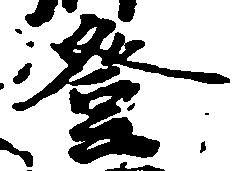
登